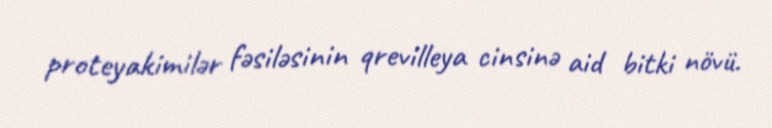
proteyakimilər fəsiləsinin qrevilleya cinsinə aid bitki növü.